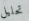
تحليل